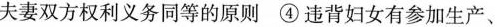
夫妻双方权利义务同等的原则 ④违背妇女有参加生产、